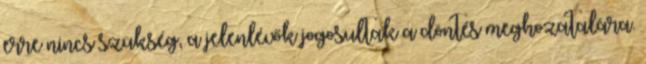
erre nincs szükség, a jelenlévők jogosultak a döntés meghozatalára.